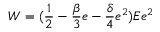
W = ( \frac { 1 } { 2 } - \frac { \beta } { 3 } e - \frac { \delta } { 4 } e ^ { 2 } ) E e ^ { 2 }